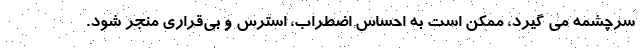
سرچشمه می گیرد، ممکن است به احساس اضطراب، استرس و بی‌قراری منجر شود.